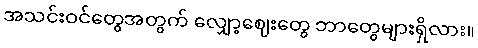
အသင်းဝင်တွေအတွက် လျှော့ဈေးတွေ ဘာတွေများရှိလား။